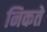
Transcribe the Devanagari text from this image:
निकते